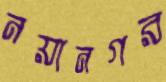
নয়ানগর